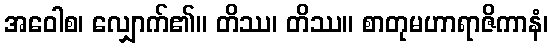
အဝေါစ၊ လျှောက်၏။ တိဿ၊ တိဿ။ စာတုမဟာရာဇိကာနံ၊